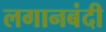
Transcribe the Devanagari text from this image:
लगानबंदी